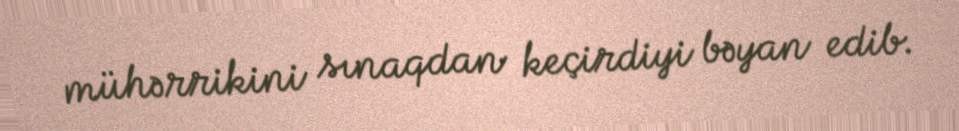
mühərrikini sınaqdan keçirdiyi bəyan edib.